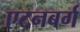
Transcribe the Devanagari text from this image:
एटनबर्ग